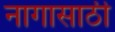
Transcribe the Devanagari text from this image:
नागासाठी